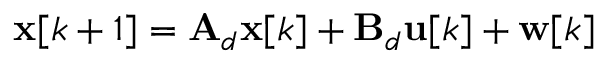
\mathbf { x } [ k + 1 ] = \mathbf { A } _ { d } \mathbf { x } [ k ] + \mathbf { B } _ { d } \mathbf { u } [ k ] + \mathbf { w } [ k ]